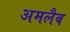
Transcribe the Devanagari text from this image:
अमलैब